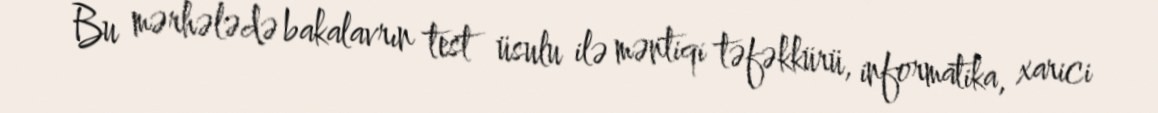
Bu mərhələdə bakalavrın test üsulu ilə məntiqi təfəkkürü, informatika, xarici